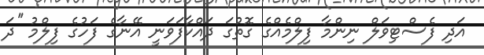
އަދި ފެސްޓިވަލް ނިންމާ ފިލްމެއްގެ ގޮތުގަ ދައްކާފަވަނީ އޭނާގެ ފަހުގެ ފިލްމު ''ދަ